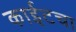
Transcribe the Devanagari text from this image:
काईटचा